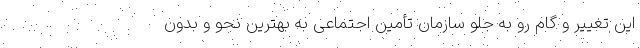
این تغییر و گام رو به جلو سازمان تأمین اجتماعی به بهترین نحو و بدون